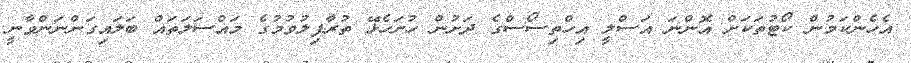
އެހެންކަމުން ކޯޓުތަކަށް އޮންނަ އަސްލީ އިހްތިސޯސްގެ ދަށުން ހުށަހެޅޭ ތުރާފިލުވުމުގެ މައްސަލަތައް ބަލައިގަންނަންވާނީ